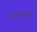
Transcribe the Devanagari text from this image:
आध्यात्मात